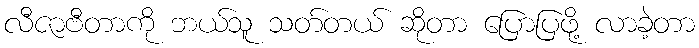
လီဇာဗီတာကို ဘယ်သူ သတ်တယ် ဆိုတာ ပြောပြဖို့ လာခဲ့တာ